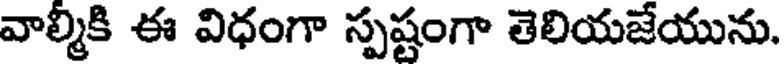
వాల్మీకి ఈ విధంగా స్పష్టంగా తెలియజేయును.